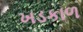
ખડકાળ